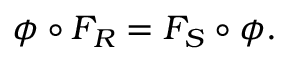
\phi \circ F _ { R } = F _ { S } \circ \phi .